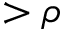
> \rho